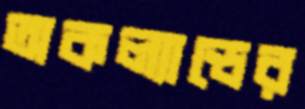
অকল্যান্ডের